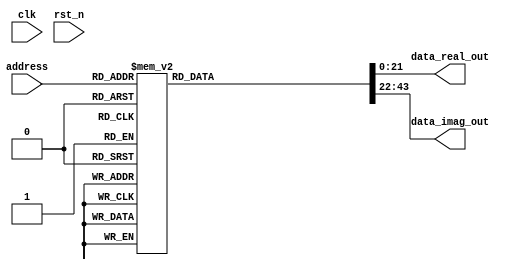
module Rom4(
    input clk,
    input rst_n,
    input [5:0] address,
    output reg [21:0] data_real_out,
    output reg [21:0] data_imag_out
);
always@(*)begin
    case (address)
//8 
    6'b001000:begin
//1 
        data_real_out=22'b0000000000000001000000;
//0 
        data_imag_out=22'b0000000000000000000000;
    end
//9 
    6'b001001:begin
//0.70312 
        data_real_out=22'b0000000000000000101101;
//-0.70312 
        data_imag_out=22'b1111111111111111010011;
    end
//10 
    6'b001010:begin
//0 
        data_real_out=22'b0000000000000000000000;
//-1 
        data_imag_out=22'b1111111111111111000000;
    end
//11 
    6'b001011:begin
//-0.70312 
        data_real_out=22'b1111111111111111010011;
//-0.70312 
        data_imag_out=22'b1111111111111111010011;
    end
//16 
    6'b010000:begin
//1 
        data_real_out=22'b0000000000000001000000;
//0 
        data_imag_out=22'b0000000000000000000000;
    end
//17 
    6'b010001:begin
//0.70312 
        data_real_out=22'b0000000000000000101101;
//-0.70312 
        data_imag_out=22'b1111111111111111010011;
    end
//18 
    6'b010010:begin
//0 
        data_real_out=22'b0000000000000000000000;
//-1 
        data_imag_out=22'b1111111111111111000000;
    end
//19 
    6'b010011:begin
//-0.70312 
        data_real_out=22'b1111111111111111010011;
//-0.70312 
        data_imag_out=22'b1111111111111111010011;
    end
//24 
    6'b011000:begin
//1 
        data_real_out=22'b0000000000000001000000;
//0 
        data_imag_out=22'b0000000000000000000000;
    end
//25 
    6'b011001:begin
//0.70312 
        data_real_out=22'b0000000000000000101101;
//-0.70312 
        data_imag_out=22'b1111111111111111010011;
    end
//26 
    6'b011010:begin
//0 
        data_real_out=22'b0000000000000000000000;
//-1 
        data_imag_out=22'b1111111111111111000000;
    end
//27 
    6'b011011:begin
//-0.70312 
        data_real_out=22'b1111111111111111010011;
//-0.70312 
        data_imag_out=22'b1111111111111111010011;
    end
//32 
    6'b100000:begin
//1 
        data_real_out=22'b0000000000000001000000;
//0 
        data_imag_out=22'b0000000000000000000000;
    end
//33 
    6'b100001:begin
//0.70312 
        data_real_out=22'b0000000000000000101101;
//-0.70312 
        data_imag_out=22'b1111111111111111010011;
    end
//34 
    6'b100010:begin
//0 
        data_real_out=22'b0000000000000000000000;
//-1 
        data_imag_out=22'b1111111111111111000000;
    end
//35 
    6'b100011:begin
//-0.70312 
        data_real_out=22'b1111111111111111010011;
//-0.70312 
        data_imag_out=22'b1111111111111111010011;
    end
//1 
    default:begin
        data_real_out=23'b0000000000000001000000;
//1 
        data_imag_out=23'b0000000000000000000000;
    end
    endcase
end
endmodule